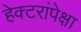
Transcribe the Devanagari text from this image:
हेक्टरांपेक्षा